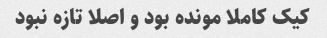
کیک کاملا مونده بود و اصلا تازه نبود